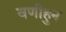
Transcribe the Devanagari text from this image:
वणीहुन